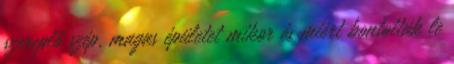
szereplő szép, magas épületet mikor és miért bontották le